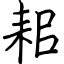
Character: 耜